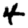
Digit: 4